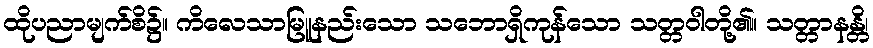
ထိုပညာမျက်စိ၌။ ကိလေသာမြူနည်းသော သဘောရှိကုန်သော သတ္တဝါတို့၏။ သတ္တာနန္တိ၊